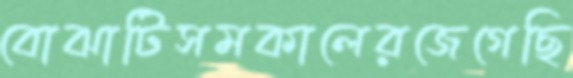
বোঝাটিসমকালেরজেগেছি